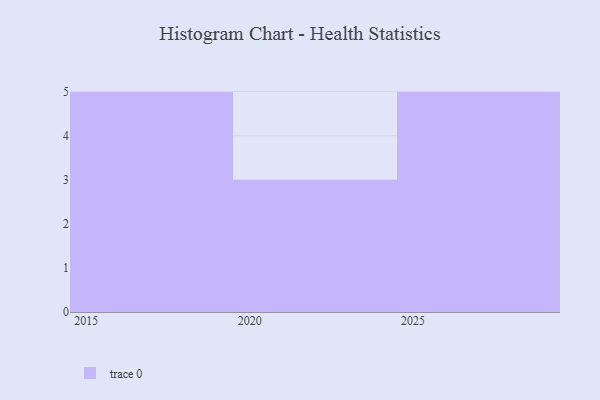
{"axis": {"x": "Year", "y": "Gross Profit (USD K)"}, "legend": [""], "data": [{"x": "2020", "y": 36, "type": ""}, {"x": "2016", "y": 53, "type": ""}, {"x": "2026", "y": 78, "type": ""}, {"x": "2024", "y": 68, "type": ""}, {"x": "2025", "y": 30, "type": ""}, {"x": "2028", "y": 34, "type": ""}, {"x": "2029", "y": 13, "type": ""}, {"x": "2027", "y": 8, "type": ""}, {"x": "2022", "y": 26, "type": ""}, {"x": "2019", "y": 46, "type": ""}, {"x": "2017", "y": 43, "type": ""}, {"x": "2018", "y": 66, "type": ""}, {"x": "2015", "y": 9, "type": ""}]}